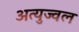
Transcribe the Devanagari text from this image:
अत्युज्वल